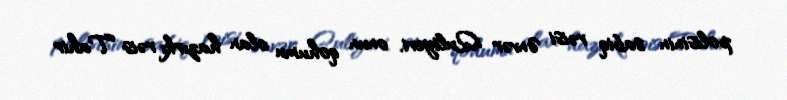
polisinin sabiq rəisi Ənvər Quliyevi, onun qohumu olan hazırkı rəis Tahir